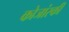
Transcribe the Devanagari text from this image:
कोजांस्की